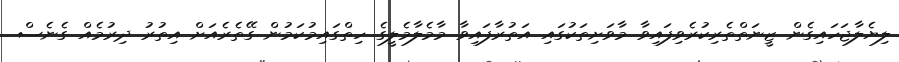
ލިޔެލާޖަހައިގެން ޒީނަތްތެރިކުރެވިފައިވާ މާވަށިތަކުގައި އަތުރާފައިވާ މާމެލާމެލީގެ ހިތްގައިމުކަމުން ގޭތެރެއަށް އިތުރު ދިރުމެއް ގެނެސް